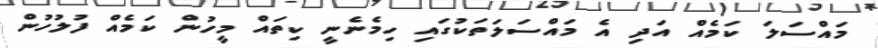
މައްސަލަ ކަމެއް އަދި އެ މައްސަލަތަކުގައި ހިމެނެނީ ކިތައް މީހުން ކަމެއް ފުލުހުން